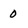
Character: 0